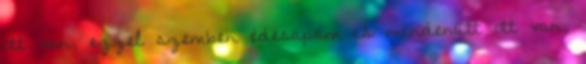
ott van, ezzel szemben édesapám is mindenütt ott van,